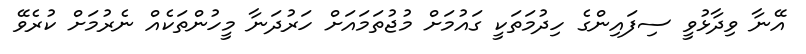
އޭނާ ވިދާޅުވީ ސިފައިންގެ ހިދުމަތަކީ ގައުމަށް މުޖުތަމައަށް ހަރުދަނާ މީހުންތަކެއް ނެރުމަށް ކުރެވޭ